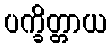
ပက္ခိတ္တာယ